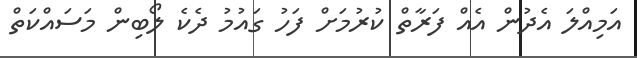
އަމިއްލަ އެދުން އެއް ފަރާތް ކުުރުމަށް ފަހު ގައުމު ދެކެ ލޯބިން މަސައްކަތް